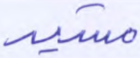
مشيد